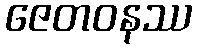
ဇေတဝနဿ